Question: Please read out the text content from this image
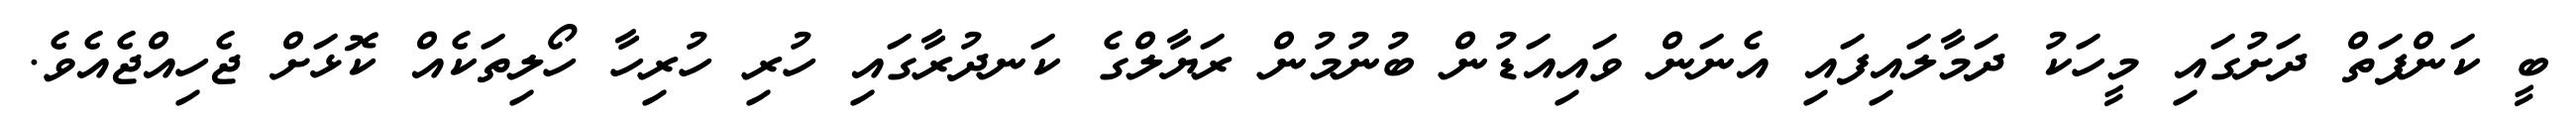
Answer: ބީ ކަންފަތް ދަށުގައި މީހަކު ދަމާލައިފައި އެނަން ވައިއަޑުން ބުނުމުން ރަޔާލްގެ ކަނދުރާގައި ހުރި ހުރިހާ ހޯލިތަކެއް ކޮޅަށް ޖެހިއްޖެއެވެ.